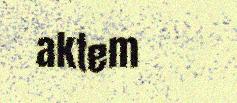
aktem